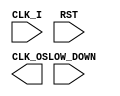
module freq_devider(
    input SLOW_DOWN,
    input CLK_I,
    input RST,
    output CLK_O
);
    reg [3:0] FACTOR;
    reg [3:0] counter;
    
    initial begin
        factor = 4'h1;
        counter = 4'h0;
    end

    always @(DEVIDED_FACTOR)begin
        factor = factor + 4'h1;
        counter = 4'h0;
    end
    
    always @(posedge CLK) begin
        if(counter != factor ) 
            counter = counter + 4'h1;
        else
            computer = 4'h0;
    end
endmodule